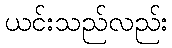
ယင်းသည်လည်း